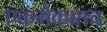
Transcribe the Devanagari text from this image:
एकमेकातच